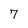
Character: 7